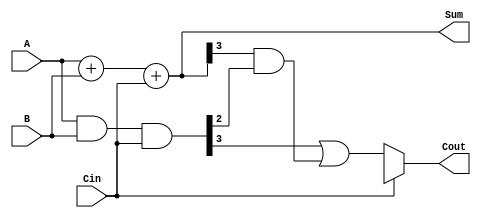
module carry_select_adder (
    input [3:0] A,
    input [3:0] B,
    input Cin,
    output [3:0] Sum,
    output Cout
);

wire [4:0] P, G, Cprop, Csel;
wire [3:0] Sum_prop, Carry_prop, Sum_sel, Carry_sel;

assign {P[3], P[2], P[1], P[0]} = A + B + Cin;
assign {G[3], G[2], G[1], G[0]} = A & B & Cin;

assign {Cprop[4], Cprop[3], Cprop[2], Cprop[1], Cprop[0]} = {G[3] | (P[3] & G[2]), G[2] | (P[2] & G[1]), G[1] | (P[1] & G[0]), G[0] | P[0], Cin};

assign {Sum_prop[3], Sum_prop[2], Sum_prop[1], Sum_prop[0]} = A + B + Cin;
assign Carry_prop = Cprop[4];

assign {Sum_sel[3], Sum_sel[2], Sum_sel[1], Sum_sel[0]} = A + B + Cin;
assign Carry_sel = Csel[4];

always @* begin
    if (Cin == 1'b0) begin
        Sum = Sum_prop;
        Cout = Carry_prop;
    end else begin
        Sum = Sum_sel;
        Cout = Carry_sel;
    end
end

endmodule